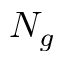
N _ { g }